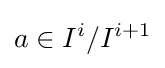
a\in I^{i}/I^{i+1}